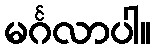
မင်္ဂလာပါ။